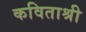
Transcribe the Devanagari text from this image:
कविताश्री